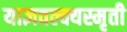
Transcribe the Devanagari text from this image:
याज्ञवल्क्यस्मृती